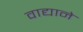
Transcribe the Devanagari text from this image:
वाद्याने